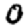
Digit: 0